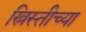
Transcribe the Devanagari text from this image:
ख्रिस्तीच्या